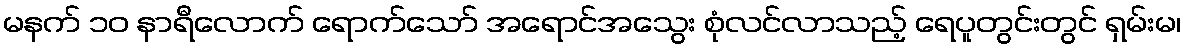
မနက် ၁၀ နာရီလောက် ရောက်သော် အရောင်အသွေး စုံလင်လာသည့် ရေပူတွင်းတွင် ရှမ်းမ၊